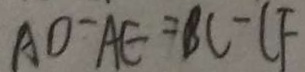
A D - A E = B C - C F